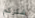
شكركم